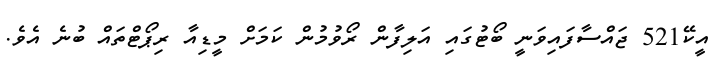
އީކޭ521 ޖައްސާފައިވަނީ ބޯޓުގައި އަލިފާން ރޯވުމުން ކަމަށް މީޑިއާ ރިޕޯޓްތައް ބުނެ އެވެ.